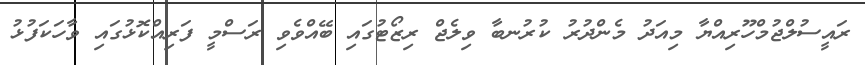
ރައީސުލްޖުމްހޫރިއްޔާ މިއަދު މެންދުރު ކުރުނބާ ވިލެޖް ރިޒޯޓުގައި ބޭއްވެވި ރަސްމީ ފަރިއްކޮޅުގައި ވާހަކަފުޅު